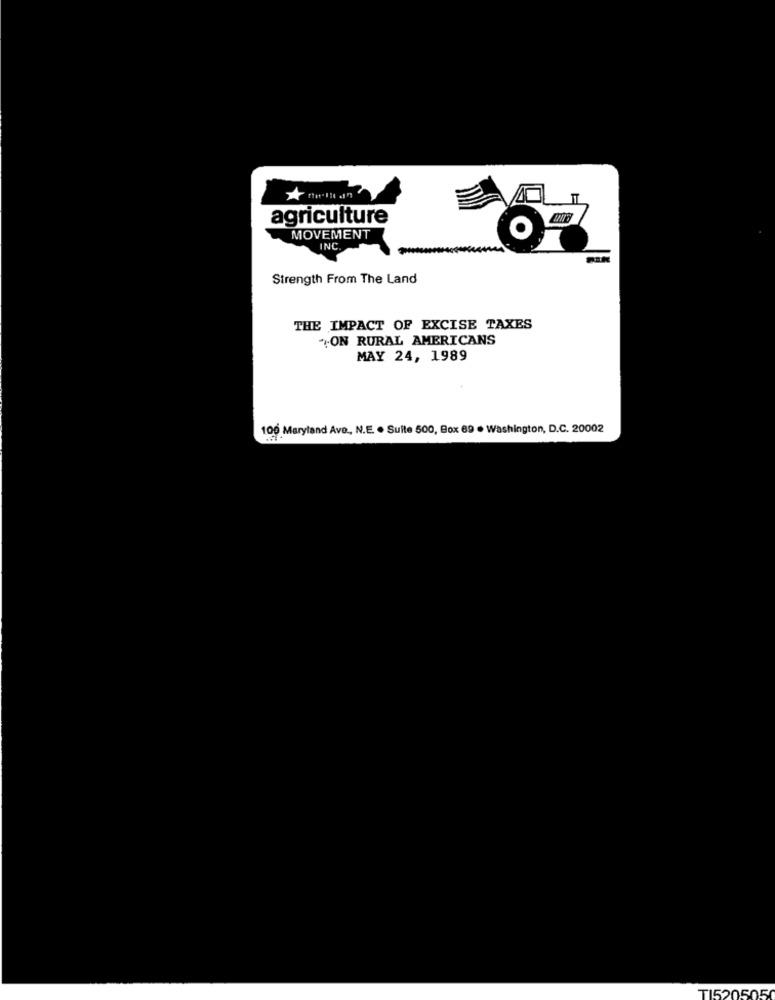
agriculture
MOVEMENT
INC
Strength From The Land
THE IMPACT OF EXCISE TAXES
"ON RURAL AMERICANS
MAY 24, 1989
100 Maryland Ave ., N.E. . Sulte 500, Box 69 . Washington, D.C. 20002
TI520505